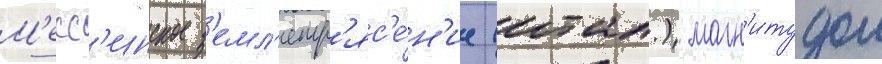
М'есс'инское з'емл'етр'яс'е́н'ие (итал.) магн'итудои